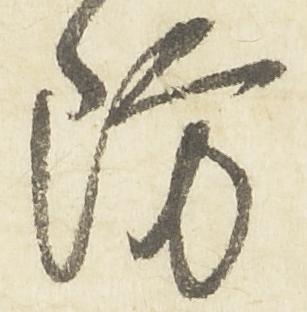
周